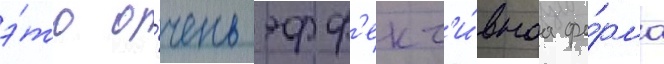
э́то о́чень эфф'ект'и́внаа фо́рма